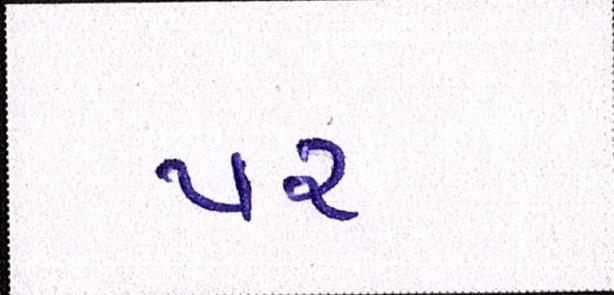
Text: પર